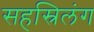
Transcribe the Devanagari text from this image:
सहस्रिलंग